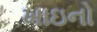
ખાઇનો